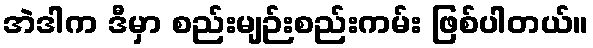
အဲဒါက ဒီမှာ စည်းမျဉ်းစည်းကမ်း ဖြစ်ပါတယ်။